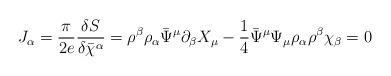
LaTeX: \begin{align*}J_{\alpha}= \frac{\pi}{2e}\frac{\delta S}{\delta\bar{\chi}^{\alpha}}=\rho^{\beta}\rho_{\alpha}\bar{\Psi}^{\mu}\partial_{\beta}X_{\mu} -\frac{1}{4}\bar{\Psi }^{\mu}\Psi_{\mu}\rho_{\alpha}\rho^{\beta}\chi_{\beta} =0\end{align*}